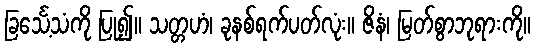
ခြင်္သေ့သံကို ပြု၍။ သတ္တဟံ၊ ခုနစ်ရက်ပတ်လုံး။ ဇိနံ၊ မြတ်စွာဘုရားကို။